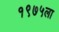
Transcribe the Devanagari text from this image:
१९७५ला